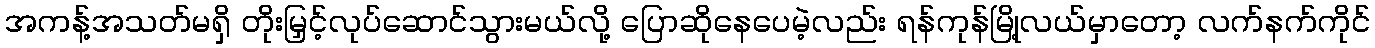
အကန့်အသတ်မရှိ တိုးမြှင့်လုပ်ဆောင်သွားမယ်လို့ ပြောဆိုနေပေမဲ့လည်း ရန်ကုန်မြို့လယ်မှာတော့ လက်နက်ကိုင်